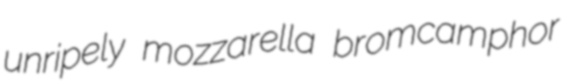
unripely mozzarella bromcamphor